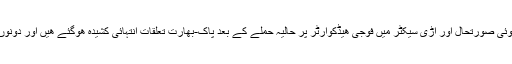
سرحد پار کشمیر میں انسانی حقوق کی بگڑتی ھوئی صورتحال اور اڑی سیکٹر میں فوجی ھیڈکوارٹر پر حالیہ حملے کے بعد پاک-بھارت تعلقات انتہائی کشیدہ ھوگئے ھیں اور دونوں ممالک میں جنگجویانہ جذبات روز آفزوں ھیں ۔